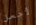
لأجعل